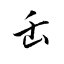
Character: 缶